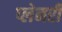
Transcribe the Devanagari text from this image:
प्लेनरी